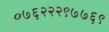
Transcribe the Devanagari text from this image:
०७६२२२९७७६९